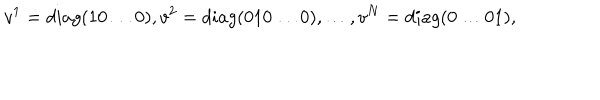
LaTeX: v ^ { 1 } = d i a g ( 1 0 \ldots 0 ) , v ^ { 2 } = d i a g ( 0 1 0 \ldots 0 ) , \ldots , v ^ { N } = d i a g ( 0 \ldots 0 1 ) ,